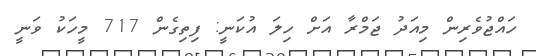
ހައްޖުވެރިން މިއަދު ޖަމްރާ އަށް ހިލަ އުކަނީ: ފިތިގެން 717 މީހަކު ވަނީ